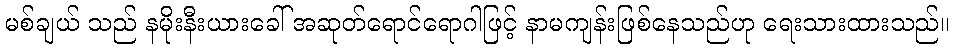
မစ်ချယ် သည် နမိုးနီးယားခေါ် အဆုတ်ရောင်ရောဂါဖြင့် နာမကျန်းဖြစ်နေသည်ဟု ရေးသားထားသည်။